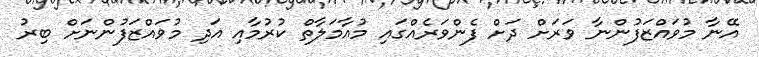
އޭނާ މުވައްޒަފުންނާ ވަރަށް ދަށް ފެންވަރެއްގައި މުއާމަލާތް ކުރުމާއި އަދި މުވައްޒަފުންނަށް ބިރު